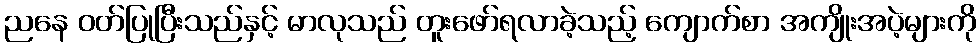
ညနေ ဝတ်ပြုပြီးသည်နှင့် မာလုသည် တူးဖော်ရလာခဲ့သည့် ကျောက်စာ အကျိုးအပဲ့များကို